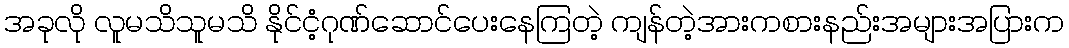
အခုလို လူမသိသူမသိ နိုင်ငံ့ဂုဏ်ဆောင်ပေးနေကြတဲ့ ကျန်တဲ့အားကစားနည်းအများအပြားက